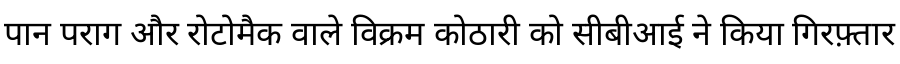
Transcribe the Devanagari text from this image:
पान पराग और रोटोमैक वाले विक्रम कोठारी को सीबीआई ने किया गिरफ़्तार